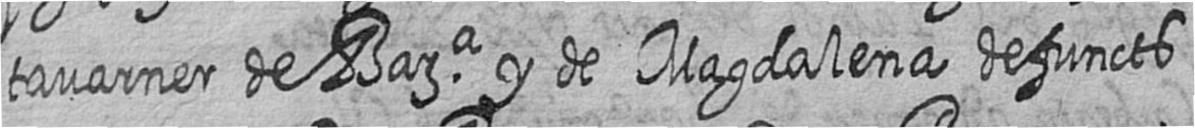
tavarner de Bara y de Magdalena defuncts